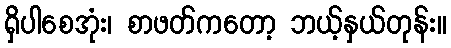
ရှိပါစေအုံး၊ စာဖတ်ကတော့ ဘယ့်နှယ်တုန်း။